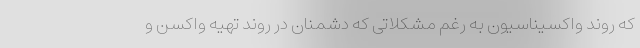
که روند واکسیناسیون به رغم مشکلاتی که دشمنان در روند تهیه واکسن و